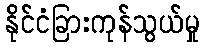
နိုင်ငံခြားကုန်သွယ်မှု